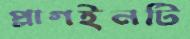
প্লাগইনটি